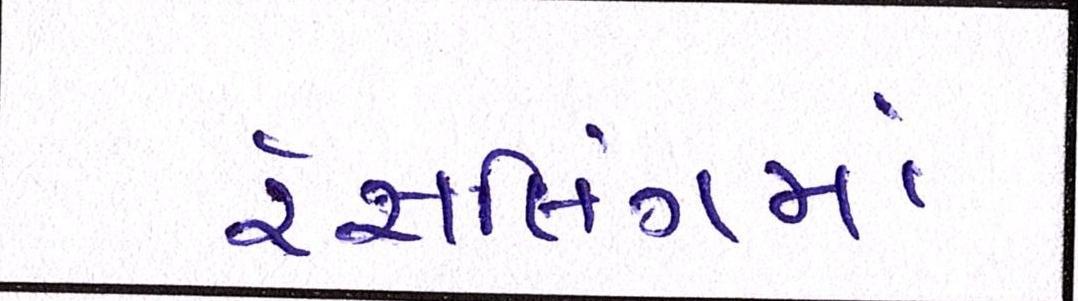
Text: રેસલિંગમાં